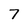
Character: 7